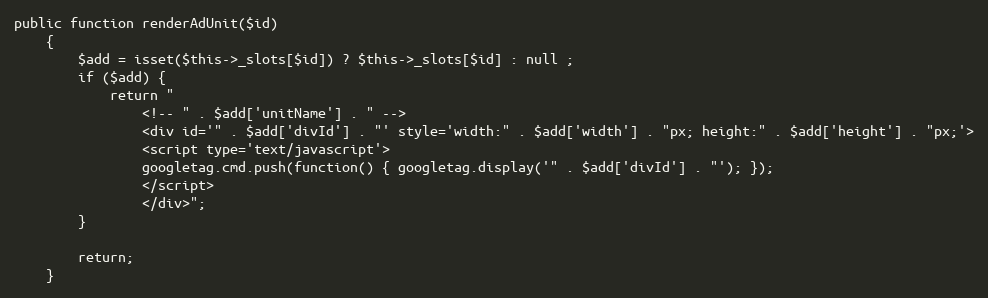
Language: PHP
public function renderAdUnit($id)
    {
        $add = isset($this->_slots[$id]) ? $this->_slots[$id] : null ;
        if ($add) {
            return "
                <!-- " . $add['unitName'] . " -->
                <div id='" . $add['divId'] . "' style='width:" . $add['width'] . "px; height:" . $add['height'] . "px;'>
                <script type='text/javascript'>
                googletag.cmd.push(function() { googletag.display('" . $add['divId'] . "'); });
                </script>
                </div>";
        }

        return;
    }